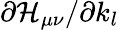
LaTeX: \partial\mathcal{H}_{\mu\nu}/\partial k_{l}